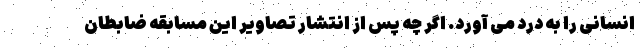
انسانی را به درد می آورد. اگر چه پس از انتشار تصاویر این مسابقه ضابطان